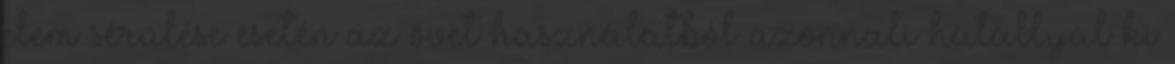
elem sérülése esetén az övet használatból azonnali hatállyal ki